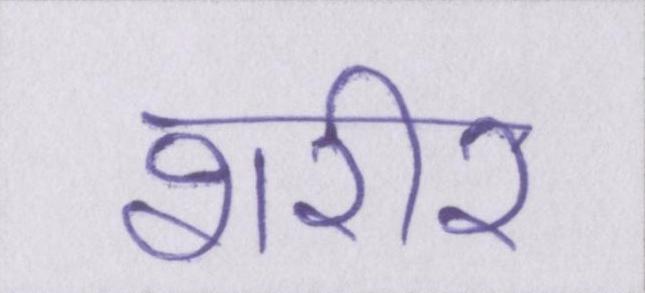
शरीर